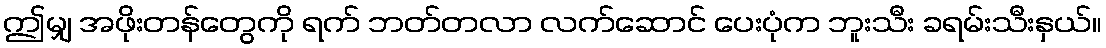
ဤမျှ အဖိုးတန်တွေကို ရက် ဘတ်တလာ လက်ဆောင် ပေးပုံက ဘူးသီး ခရမ်းသီးနှယ်။